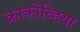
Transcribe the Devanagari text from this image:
क्राकोव्हिया